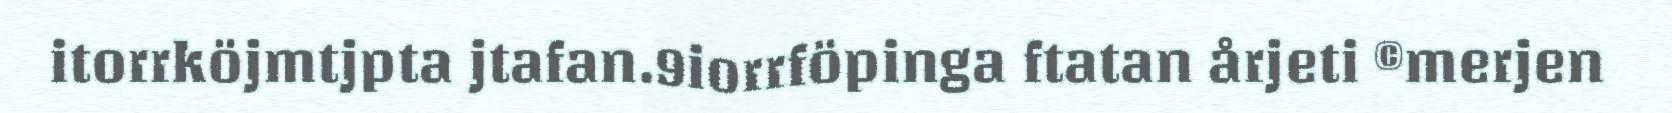
itorrköjmtjpta jtafan.9iorrföpinga ftatan årjeti ©merjen